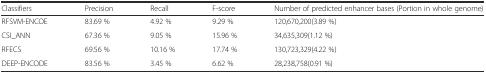
| Classifiers | Precision | Recall | F-score | Number of predicted enhancer bases (Portion in whole genome) |
 | --- | --- | --- | --- | --- |
 | RFSVM-ENCOE | 83.69 % | 4.92 % | 9.29 % | 120,670,200(3.89 %) |
 | CSI_ANN | 67.36 % | 9.05 % | 15.96 % | 34,635,309(1.12 %) |
 | RFECS | 69.56 % | 10.16 % | 17.74 % | 130,723,329(4.22 %) |
 | DEEP-ENCODE | 83.56 % | 3.45 % | 6.62 % | 28,238,758(0.91 %) |